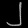
Digit: ၂